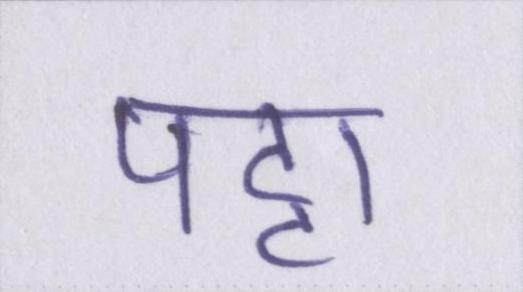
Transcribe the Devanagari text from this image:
पट्टा